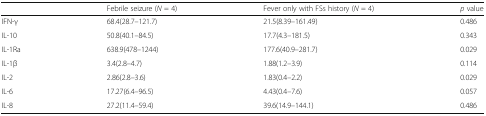
|  | Febrile seizure (N = 4) | Fever only with FSs history (N = 4) | p value |
 | --- | --- | --- | --- |
 | IFN-γ | 68.4(28.7–121.7) | 21.5(8.39–161.49) | 0.486 |
 | IL-10 | 50.8(40.1–84.5) | 17.7(4.3–181.5) | 0.343 |
 | IL-1Ra | 638.9(478–1244) | 177.6(40.9–281.7) | 0.029 |
 | IL-1β | 3.4(2.8–4.7) | 1.88(1.2–3.9) | 0.114 |
 | IL-2 | 2.86(2.8–3.6) | 1.83(0.4–2.2) | 0.029 |
 | IL-6 | 17.27(6.4–96.5) | 4.43(0.4–7.6) | 0.057 |
 | IL-8 | 27.2(11.4–59.4) | 39.6(14.9–144.1) | 0.486 |